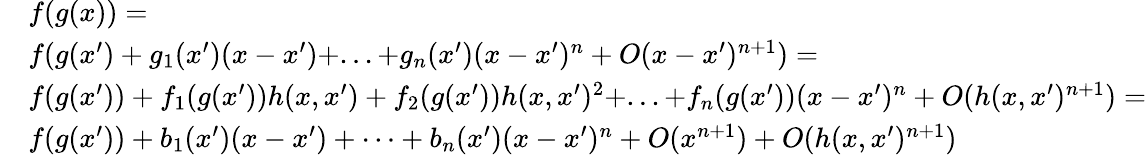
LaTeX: \begin{array}{rl}&{f(g(x))=}\\ &{f(g(x^{\prime})+g_{1}(x^{\prime})(x-x^{\prime})+...+g_{n}(x^{\prime})(x-x^{\prime})^{n}+O(x-x^{\prime})^{n+1})=}\\ &{f(g(x^{\prime}))+f_{1}(g(x^{\prime}))h(x,x^{\prime})+f_{2}(g(x^{\prime}))h(x,x^{\prime})^{2}+...+f_{n}(g(x^{\prime}))(x-x^{\prime})^{n}+O(h(x,x^{\prime})^{n+1})=}\\ &{f(g(x^{\prime}))+b_{1}(x^{\prime})(x-x^{\prime})+\cdots+b_{n}(x^{\prime})(x-x^{\prime})^{n}+O(x^{n+1})+O(h(x,x^{\prime})^{n+1})}\end{array}